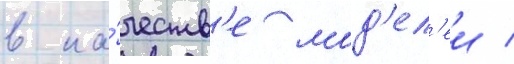
в ка́честв'е мод'ел'еи /